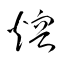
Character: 熔